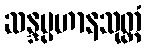
ဆန္ဒပ္ပဟာနသုတ္တံ